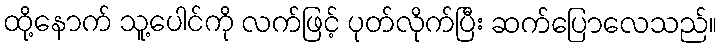
ထို့နောက် သူ့ပေါင်ကို လက်ဖြင့် ပုတ်လိုက်ပြီး ဆက်ပြောလေသည်။